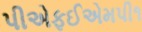
પીએફઈએમપી૧